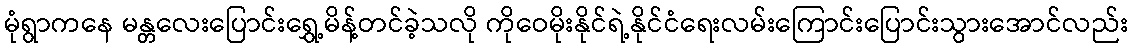
မုံရွာကနေ မန္တလေးပြောင်းရွှေ့မိန့်တင်ခဲ့သလို ကိုဝေမိုးနိုင်ရဲ့နိုင်ငံရေးလမ်းကြောင်းပြောင်းသွားအောင်လည်း